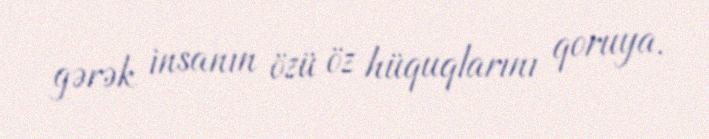
gərək insanın özü öz hüquqlarını qoruya.